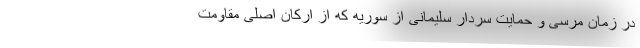
در زمان مرسی و حمایت سردار سلیمانی از سوریه که از ارکان اصلی مقاومت